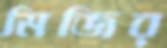
মিজির